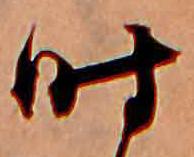
時